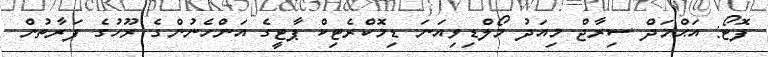
ފޮޓޯ: އަޙްމަދް ސިރާޖް މިއަދު މޯލްޑިވިއަނަ ޑިމޮކްރެޓިކް ޕާޓީގެ އަންހެނުންގެ ރޫހުގެ ފަރާތުން